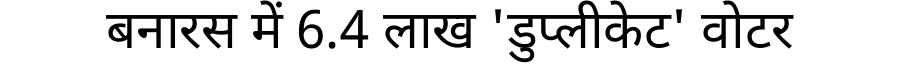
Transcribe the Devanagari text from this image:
बनारस में 6.4 लाख 'डुप्लीकेट' वोटर